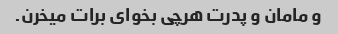
و مامان و پدرت هرچی بخوای برات میخرن.